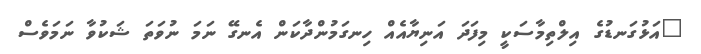
"އަޅުގަނޑުގެ އިލްތިމާސަކީ މިފަދަ އަނިޔާއެއް ހިނގަމުންދާކަން އެނގޭ ނަމަ ނުވަތަ ޝަކުވާ ނަމަވެސް